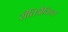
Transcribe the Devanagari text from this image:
रीतित्रैविध्य